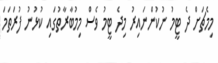
މިމެޗަށް ދެ ޓީމު ނުކުންނައިރު މިދެ ޓީމު ވެސް މިމުބާރާތުގައި ކުޅުނު ފުރަތަމަ